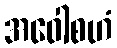
အဝေါစဟံ